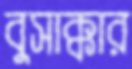
বুসাক্কার